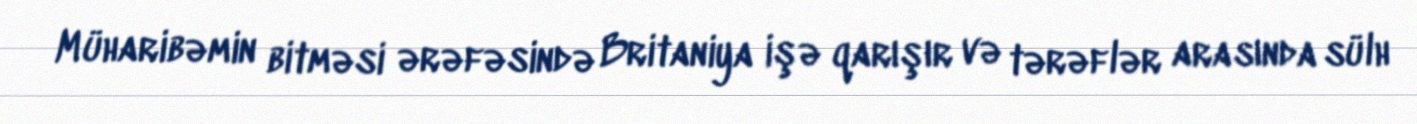
Müharibəmin bitməsi ərəfəsində Britaniya işə qarışır və tərəflər arasında sülh